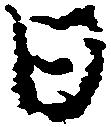
日